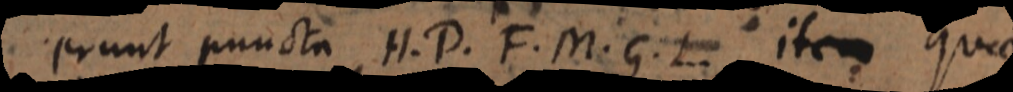
erunt puncta H, D, F, M, G, L, item quae